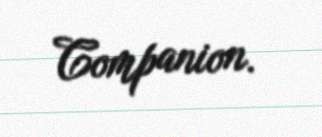
Companion.